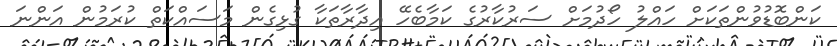
ކަންބޮޑުވުންތަކަށް ހައްލު ހޯދުމަށް ސަރުކާރުގެ ކަމާބެހޭ އިދާރާތަކާ ގުޅިގެން މަސައްކަތް ކުރަމުން އަންނަ